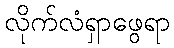
လိုက်လံရှာဖွေရာ